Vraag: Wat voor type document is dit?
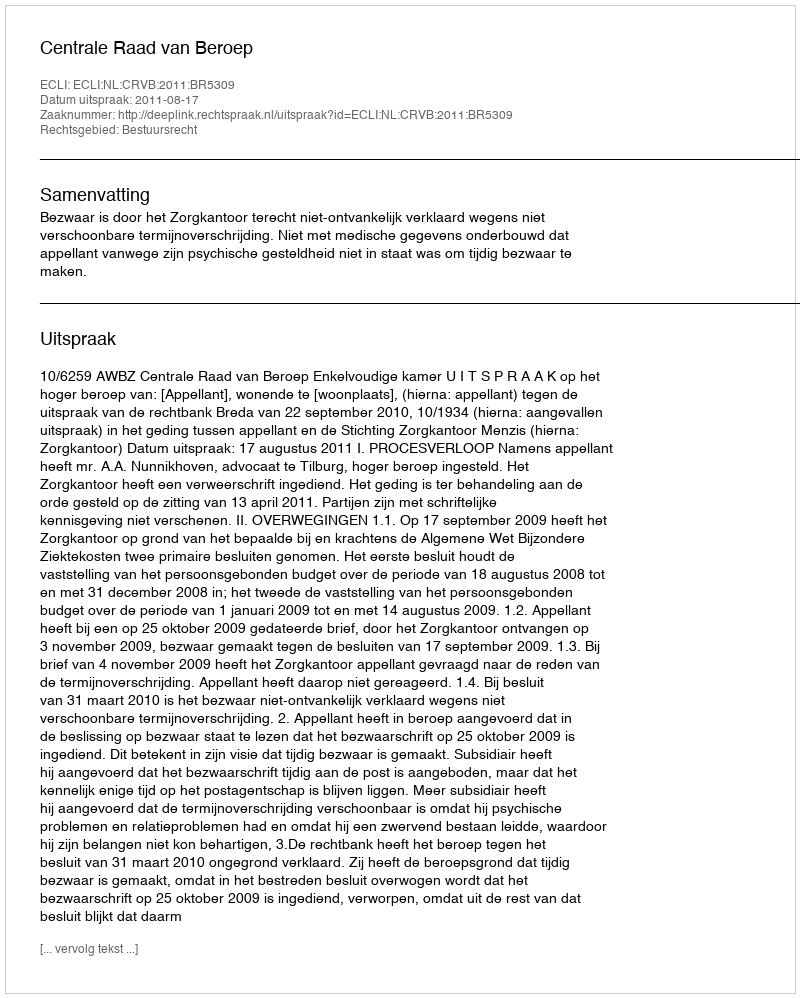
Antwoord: Uitspraak